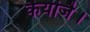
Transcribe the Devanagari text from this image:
कैयीजै।